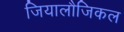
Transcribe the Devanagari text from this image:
जियालौजिकल